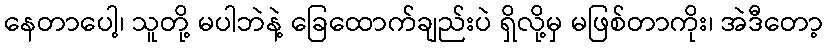
နေတာပေါ့၊ သူတို့ မပါဘဲနဲ့ ခြေထောက်ချည်းပဲ ရှိလို့မှ မဖြစ်တာကိုး၊ အဲဒီတော့